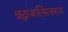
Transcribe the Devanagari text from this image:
श्रद्धांजलिस्वरूप